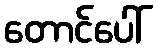
တောင်ပေါ်